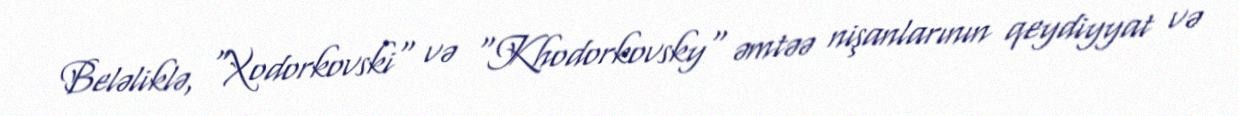
Beləliklə, "Xodorkovski" və "Khodorkovsky" əmtəə nişanlarının qeydiyyat və